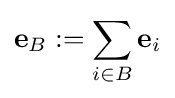
\mathbf {e} _{B}:=\sum _{i\in B}\mathbf {e} _{i}